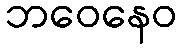
ဘဝေနေဝ